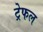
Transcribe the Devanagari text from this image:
ट्रेफल